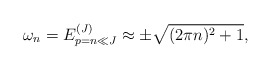
\begin{align*} \omega_n=E^{(J)}_{p=n\ll J}\approx \pm\sqrt{(2\pi n)^2+1},\end{align*}